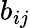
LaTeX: b_{ij}